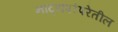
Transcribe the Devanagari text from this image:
नाट्यपरंपरेतील